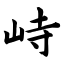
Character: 峙